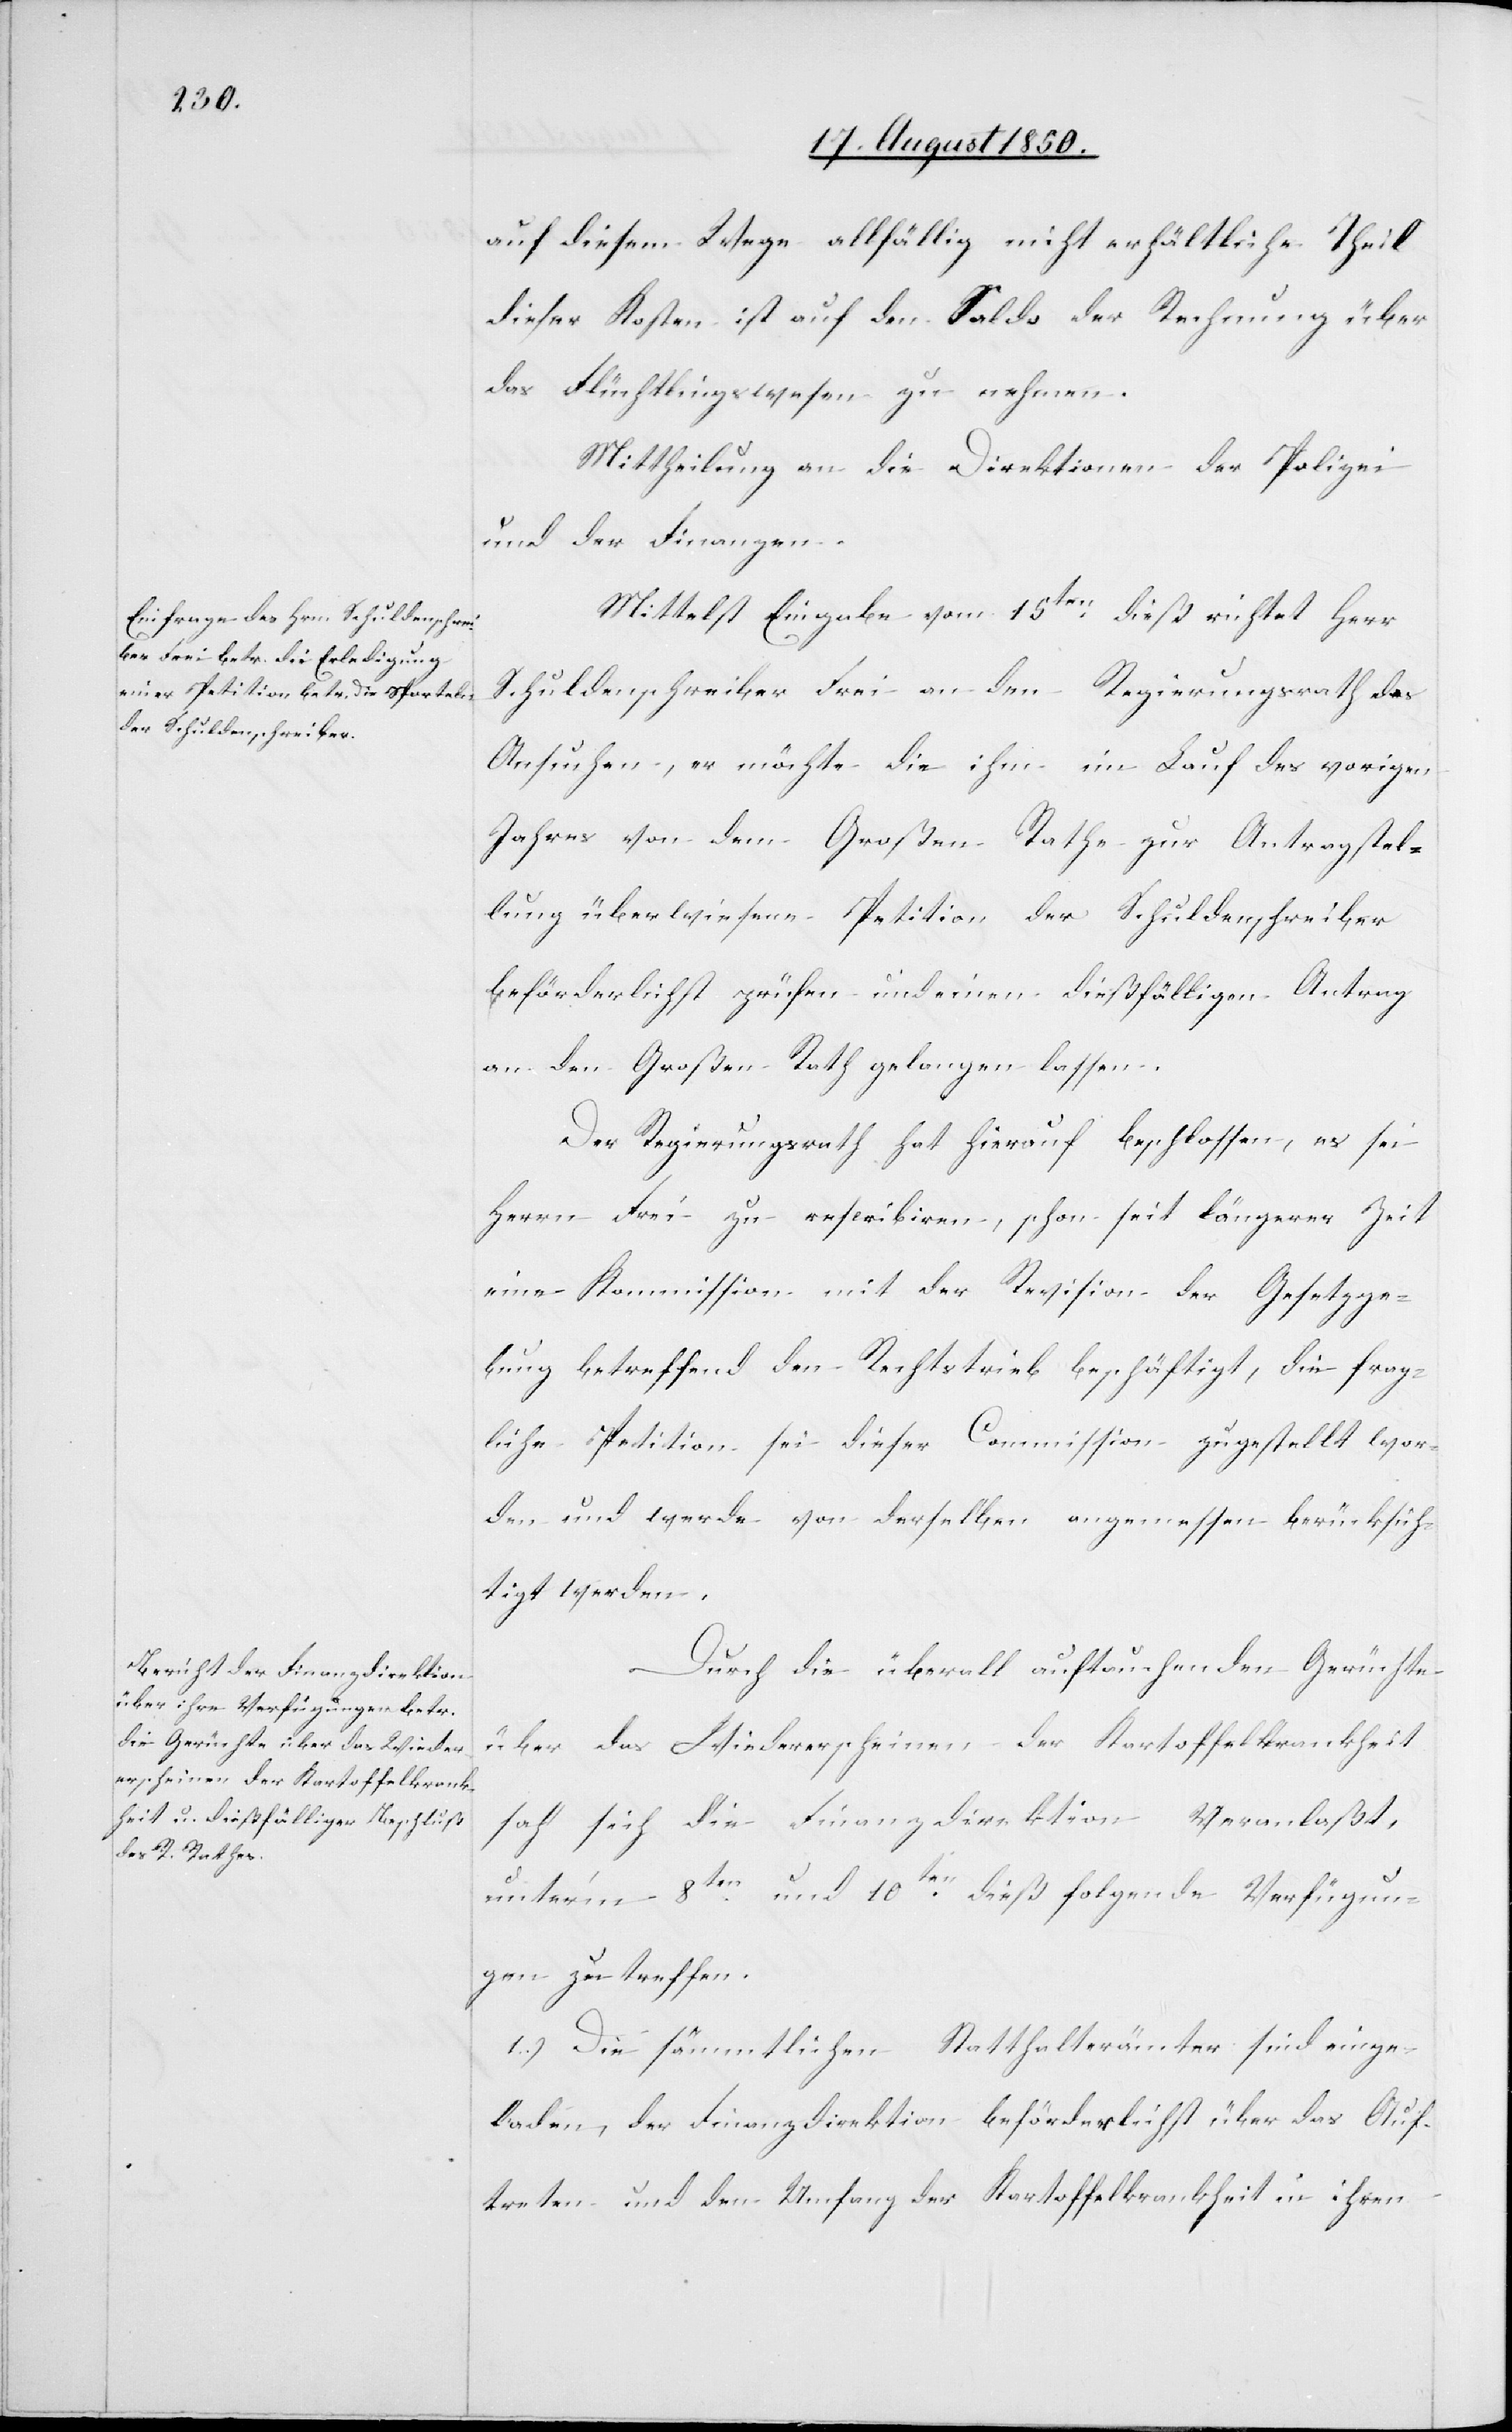
auf diesem Wege allfällig nicht erhältliche Theil
dieser Kosten ist auf den Saldo der Rechnung über
das Flüchtlingswesen zu nehmen.
Mittheilung an die Direktion der Polizei
und der Finanzen.
Mittelst Eingabe vom 15ten dieß richtet Herr
Schuldenschreiber Frei an den Regierungsrath das
Ansuchen, er möchte die ihm im Lauf des vorigen
Jahres von dem Großen Rathe zur Antragstel¬
lung überwiesene Petition der Schuldenschreiber
beförderlichst prüfen und einen dießfälligen Antrag
an den Großen Rath gelangen lassen.
Der Regierungsrath hat hierauf beschlossen, es sei
Herrn Frei zu rescribiren, schon seit längerer Zeit
eine Kommission mit der Revision der Gesetzge¬
bung betreffend den Rechtstrieb beschäftigt, die frag¬
liche Petition sei dieser Commission zugestellt wor¬
den und werde von derselben angemessen berücksich¬
tigt werden.
Durch die überall auftauchenden Gerüchte
über das Wiedererscheinen der Kartoffelkrankheit
sah sich die Finanzdirektion veranlaßt,
unter’m 8ten und 10ten dieß folgende Verfügun¬
gen zu treffen.
1.) Die sämmtlichen Statthalterämter sind einge¬
laden, der Finanzdirektion beförderlichst über das Auf¬
treten und den Umfang der Kartoffelkrankheit in ihren